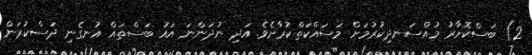
2) ބަސްކޮށާރު މުއްސަނދިކުރުމަށް މަސައްކަތްކުރާށެވެ. އަދި ނުދަންނަ އައު ބަސްތައް އުނގެނި ދަސްކުރަން